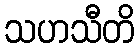
သဟသီတိ